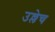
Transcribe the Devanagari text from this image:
उल्लेच